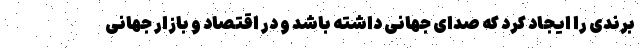
برندی را ایجاد کرد که صدای جهانی داشته باشد و در اقتصاد و بازار جهانی